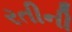
રતીની